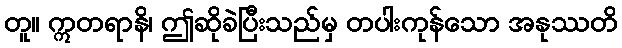
တူ။ ဣတရာနိ၊ ဤဆိုခဲပြီးသည်မှ တပါးကုန်သော အနုဿတိ